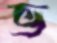
ভ